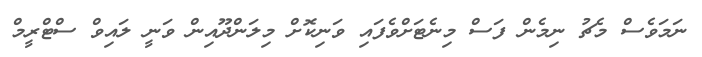
ނަމަވެސް މެޗު ނިމެން ފަސް މިނެޓަށްވެފައި ވަނިކޮށް މިލަންދޫއިން ވަނީ ލައިވް ސްޓްރީމް